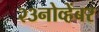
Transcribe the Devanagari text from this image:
२३नोव्हेंबर